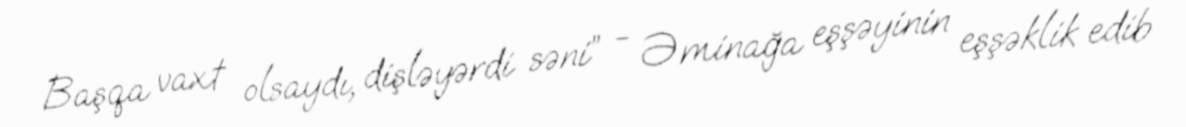
Başqa vaxt olsaydı, dişləyərdi səni” - Əminağa eşşəyinin eşşəklik edib